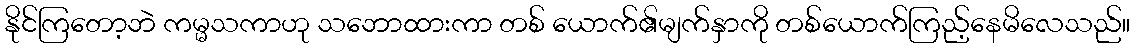
နိုင်ကြတော့ဘဲ ကမ္မသကာဟု သဘောထားကာ တစ် ယောက်၏မျက်နှာကို တစ်ယောက်ကြည့်နေမိလေသည်။